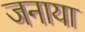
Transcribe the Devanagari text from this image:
जनाया